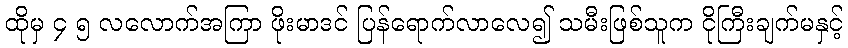
ထိုမှ ၄ ၅ လလောက်အကြာ ဖိုးမာဒင် ပြန်ရောက်လာလေ၍ သမီးဖြစ်သူက ငိုကြီးချက်မနှင့်